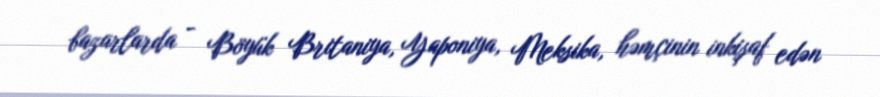
bazarlarda - Böyük Britaniya, Yaponiya, Meksika, həmçinin inkişaf edən